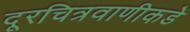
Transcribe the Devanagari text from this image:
दूरचित्रवाणीकडे